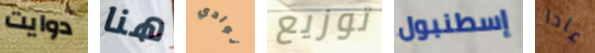
دوايت هنا نوادي توزيع إسطنبول عادا